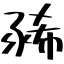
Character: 豨